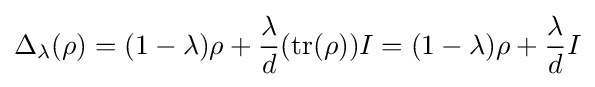
\Delta _{\lambda }(\rho )=(1-\lambda )\rho +{\frac {\lambda }{d}}(\mathrm {tr} (\rho ))I=(1-\lambda )\rho +{\frac {\lambda }{d}}I